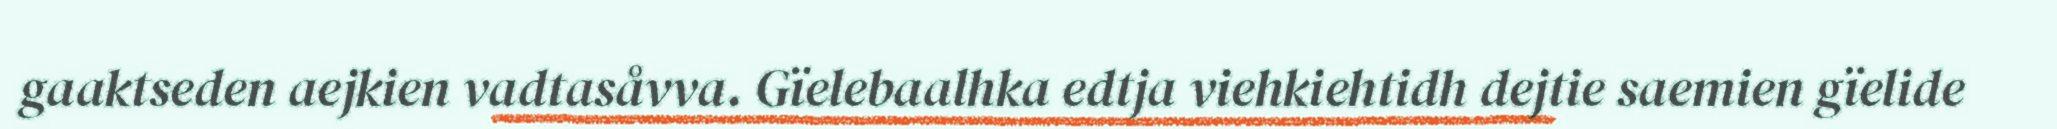
gaaktseden aejkien vadtasåvva. Gïelebaalhka edtja viehkiehtidh dejtie saemien gïelide